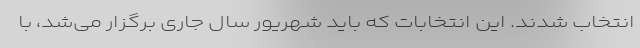
انتخاب شدند. این انتخابات که باید شهریور سال جاری برگزار می‌شد، با